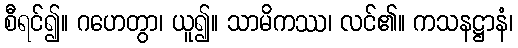
စီရင်၍။ ဂဟေတွာ၊ ယူ၍။ သာမိကဿ၊ လင်၏။ ကသနဋ္ဌာနံ၊